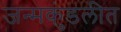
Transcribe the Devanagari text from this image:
जन्मकुंडलीत